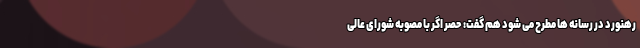
رهنورد در رسانه ها مطرح می شود هم گفت: حَصر اگر با مصوبه شورای عالی